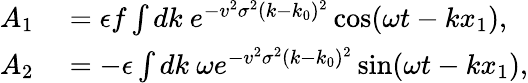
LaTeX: \begin{array}{rl}{A_{1}}&{{}=\epsilon f\int dk\ e^{-v^{2}\sigma^{2}(k-k_{0})^{2}}\cos(\omega t-kx_{1}),}\\ {A_{2}}&{{}=-\epsilon\int dk\ \omega e^{-v^{2}\sigma^{2}(k-k_{0})^{2}}\sin(\omega t-kx_{1}),}\end{array}